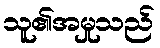
သူ၏အမှုသည်